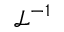
{ \mathcal { L } } ^ { - 1 }